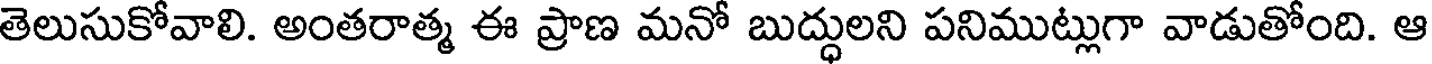
తెలుసుకోవాలి. అంతరాత్మ ఈ ప్రాణ మనో బుద్ధులని పనిముట్లుగా వాడుతోంది. ఆ